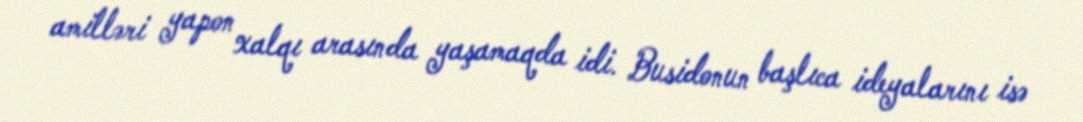
amilləri yapon xalqı arasında yaşamaqda idi. Busidonun başlıca ideyalarını isə